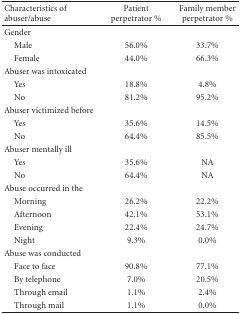
<table><thead><tr><td><b>Characteristics of abuser/abuse</b></td><td><b>Patient perpetrator %</b></td><td><b>Family member perpetrator %</b></td></tr></thead><tbody><tr><td>Gender</td><td></td><td></td></tr><tr><td> Male</td><td>56.0%</td><td>33.7%</td></tr><tr><td> Female</td><td>44.0%</td><td>66.3%</td></tr><tr><td>Abuser was intoxicated</td><td></td><td></td></tr><tr><td> Yes</td><td>18.8%</td><td>4.8%</td></tr><tr><td> No</td><td>81.2%</td><td>95.2%</td></tr><tr><td>Abuser victimized before</td><td></td><td></td></tr><tr><td> Yes</td><td>35.6%</td><td>14.5%</td></tr><tr><td> No</td><td>64.4%</td><td>85.5%</td></tr><tr><td>Abuser mentally ill</td><td></td><td></td></tr><tr><td> Yes</td><td>35.6%</td><td>NA</td></tr><tr><td> No</td><td>64.4%</td><td>NA</td></tr><tr><td>Abuse occurred in the</td><td></td><td></td></tr><tr><td> Morning</td><td>26.2%</td><td>22.2%</td></tr><tr><td> Afternoon</td><td>42.1%</td><td>53.1%</td></tr><tr><td> Evening</td><td>22.4%</td><td>24.7%</td></tr><tr><td> Night</td><td>9.3%</td><td>0.0%</td></tr><tr><td>Abuse was conducted</td><td></td><td></td></tr><tr><td> Face to face</td><td>90.8%</td><td>77.1%</td></tr><tr><td> By telephone</td><td>7.0%</td><td>20.5%</td></tr><tr><td> Through email</td><td>1.1%</td><td>2.4%</td></tr><tr><td> Through mail</td><td>1.1%</td><td>0.0%</td></tr></tbody></table>